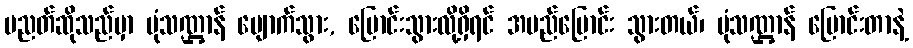
ပညတ်ဆိုသည်မှာ ပုံသဏ္ဌာန် ပျောက်သွား, ပြောင်းသွားလို့ရှိရင် အမည်ပြောင်း သွားတယ်၊ ပုံသဏ္ဌာန် ပြောင်းတာနဲ့